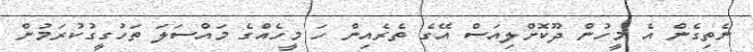
ނެތިގެން އެ މީހުން ދޫކޮށްލިއަސް އޭގެ ތެރެއިން ހަ މީހެއްގެ މައްސަލަ ތަހުގީގުކުރަމުން